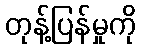
တုန့်ပြန်မှုကို